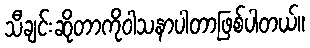
သီချင်းဆိုတာကိုဝါသနာပါတာဖြစ်ပါတယ်။